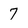
Character: 7